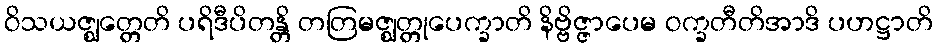
ဝိသယဇ္ဈတ္တေတိ ပရိဒီပိတန္တိ တတြမဇ္ဈတ္တုပေက္ခာတိ နိဗ္ဗိဇ္ဇာပေမ ဝက္ခတီတိအာဒိ ပဟဋ္ဌာတိ